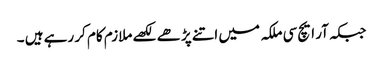
جبکہ آر ایچ سی ملکہ میں اتنے پڑھے لکھے ملازم کام کر رہے ہیں ۔